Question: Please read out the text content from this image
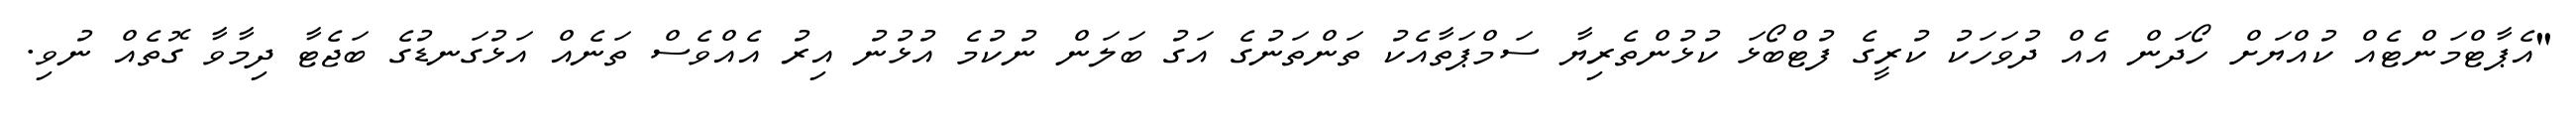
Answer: "އެޕާޓްމަންޓެއް ކުއްޔަށް ހޯދަން އެއް ދުވަހަކު ކުރީގެ ފުޓްބޯޅަ ކުޅުންތެރިޔާ ސަމްޕަތާއެކު ތަންތަނުގެ އަގު ބަލަން ނުކުމެ އުޅުނު އިރު އެއްވެސް ތަނެއް އަޅުގަނޑުގެ ބަޖެޓާ ދިމާވާ ގޮތެއް ނުވި.